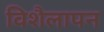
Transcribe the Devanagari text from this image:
विशैलापन